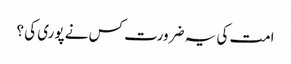
امت کی یہ ضرورت کس نے پوری کی ؟